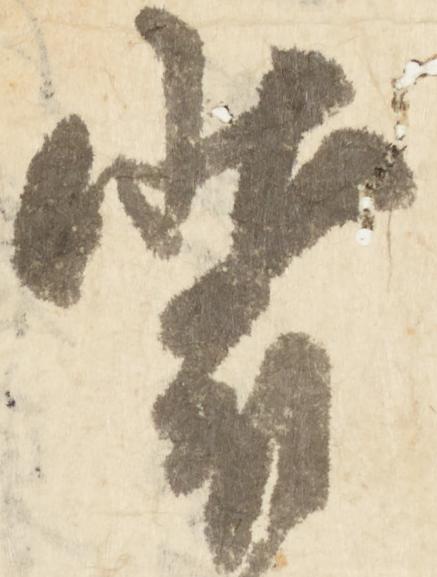
装